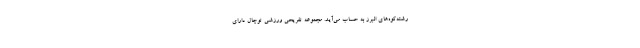
رشته‌کوه‌های البرز به حساب می‌آید. مجموعه تفریحی ورزشی توچال دارای